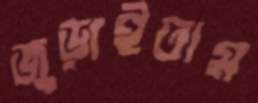
জুড়াইতাম